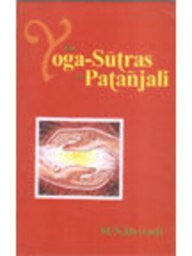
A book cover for Yoga Sutras of Patanjali (English and Sanskrit Edition); M.N. Dwivedi; Religion & Spirituality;